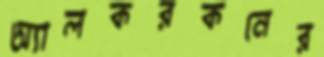
অ্যালকরকনের